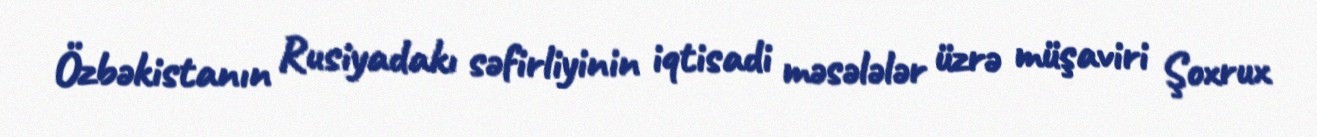
Özbəkistanın Rusiyadakı səfirliyinin iqtisadi məsələlər üzrə müşaviri Şoxrux